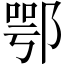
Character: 鄂